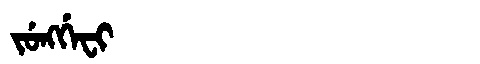
Manchu: ᠵᡠᠩᡤᡝᠸᡳ
Romanization: JUNGGEFI